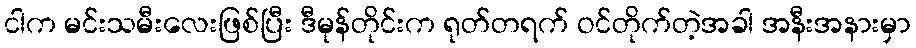
ငါက မင်းသမီးလေးဖြစ်ပြီး ဒီမုန်တိုင်းက ရုတ်တရက် ဝင်တိုက်တဲ့အခါ အနီးအနားမှာ